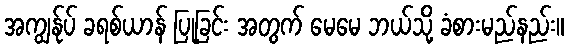
အကျွန်ုပ် ခရစ်ယာန် ပြုခြင်း အတွက် မေမေ ဘယ်သို့ ခံစားမည်နည်း။